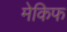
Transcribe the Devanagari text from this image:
मेकिफ